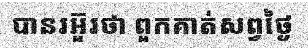
បានរអ៊ួរថា ពួកគាត់សព្វថ្ងៃ